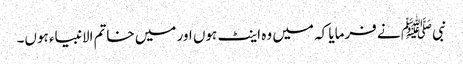
نبیﷺ نے فرمایا کہ میں وہ اینٹ ہوں اور میں خاتم الانبیاء ہوں۔